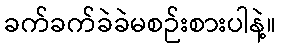
ခက်ခက်ခဲခဲမစဉ်းစားပါနဲ့။